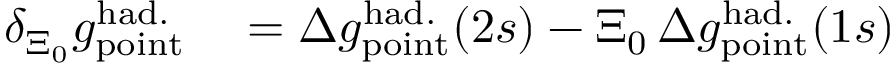
\begin{array} { r l } { \delta _ { \Xi _ { 0 } } g _ { \mathrm { p o i n t } } ^ { \mathrm { h a d . } } } & { { } = \Delta { g } _ { \mathrm { p o i n t } } ^ { \mathrm { h a d . } } ( 2 s ) - \Xi _ { 0 } \, \Delta { g } _ { \mathrm { p o i n t } } ^ { \mathrm { h a d . } } ( 1 s ) } \end{array}